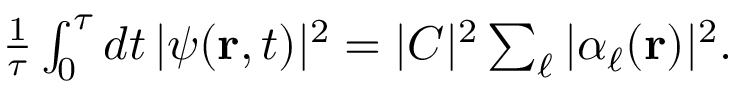
\begin{array} { r } { \frac { 1 } { \tau } \int _ { 0 } ^ { \tau } d t \, | \psi ( { \bf r } , t ) | ^ { 2 } = | C | ^ { 2 } \sum _ { \ell } | \alpha _ { \ell } ( { \bf r } ) | ^ { 2 } . } \end{array}